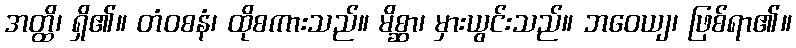
အတ္ထိ၊ ရှိ၏။ တံဝစနံ၊ ထိုစကားသည်။ မိစ္ဆာ၊ မှားယွင်းသည်။ ဘဝေယျ၊ ဖြစ်ရာ၏။